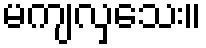
မကျလှသေး။